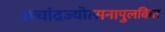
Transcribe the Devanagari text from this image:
॥चांद्रज्योत्सनापुलकित